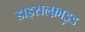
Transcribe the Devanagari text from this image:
डाइसल्फ़ाइ़ड